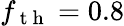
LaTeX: f_{\mathrm{~t~h~}}=0.8